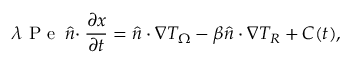
\lambda \mathrm { ~ P ~ e ~ } \boldsymbol { \hat { n } \cdot } \frac { \partial \boldsymbol { x } } { \partial t } = \boldsymbol { \hat { n } \cdot \nabla } T _ { \Omega } - \beta \boldsymbol { \hat { n } \cdot \nabla } T _ { R } + C ( t ) ,